Korporatsioon_Amicitia, lk 5
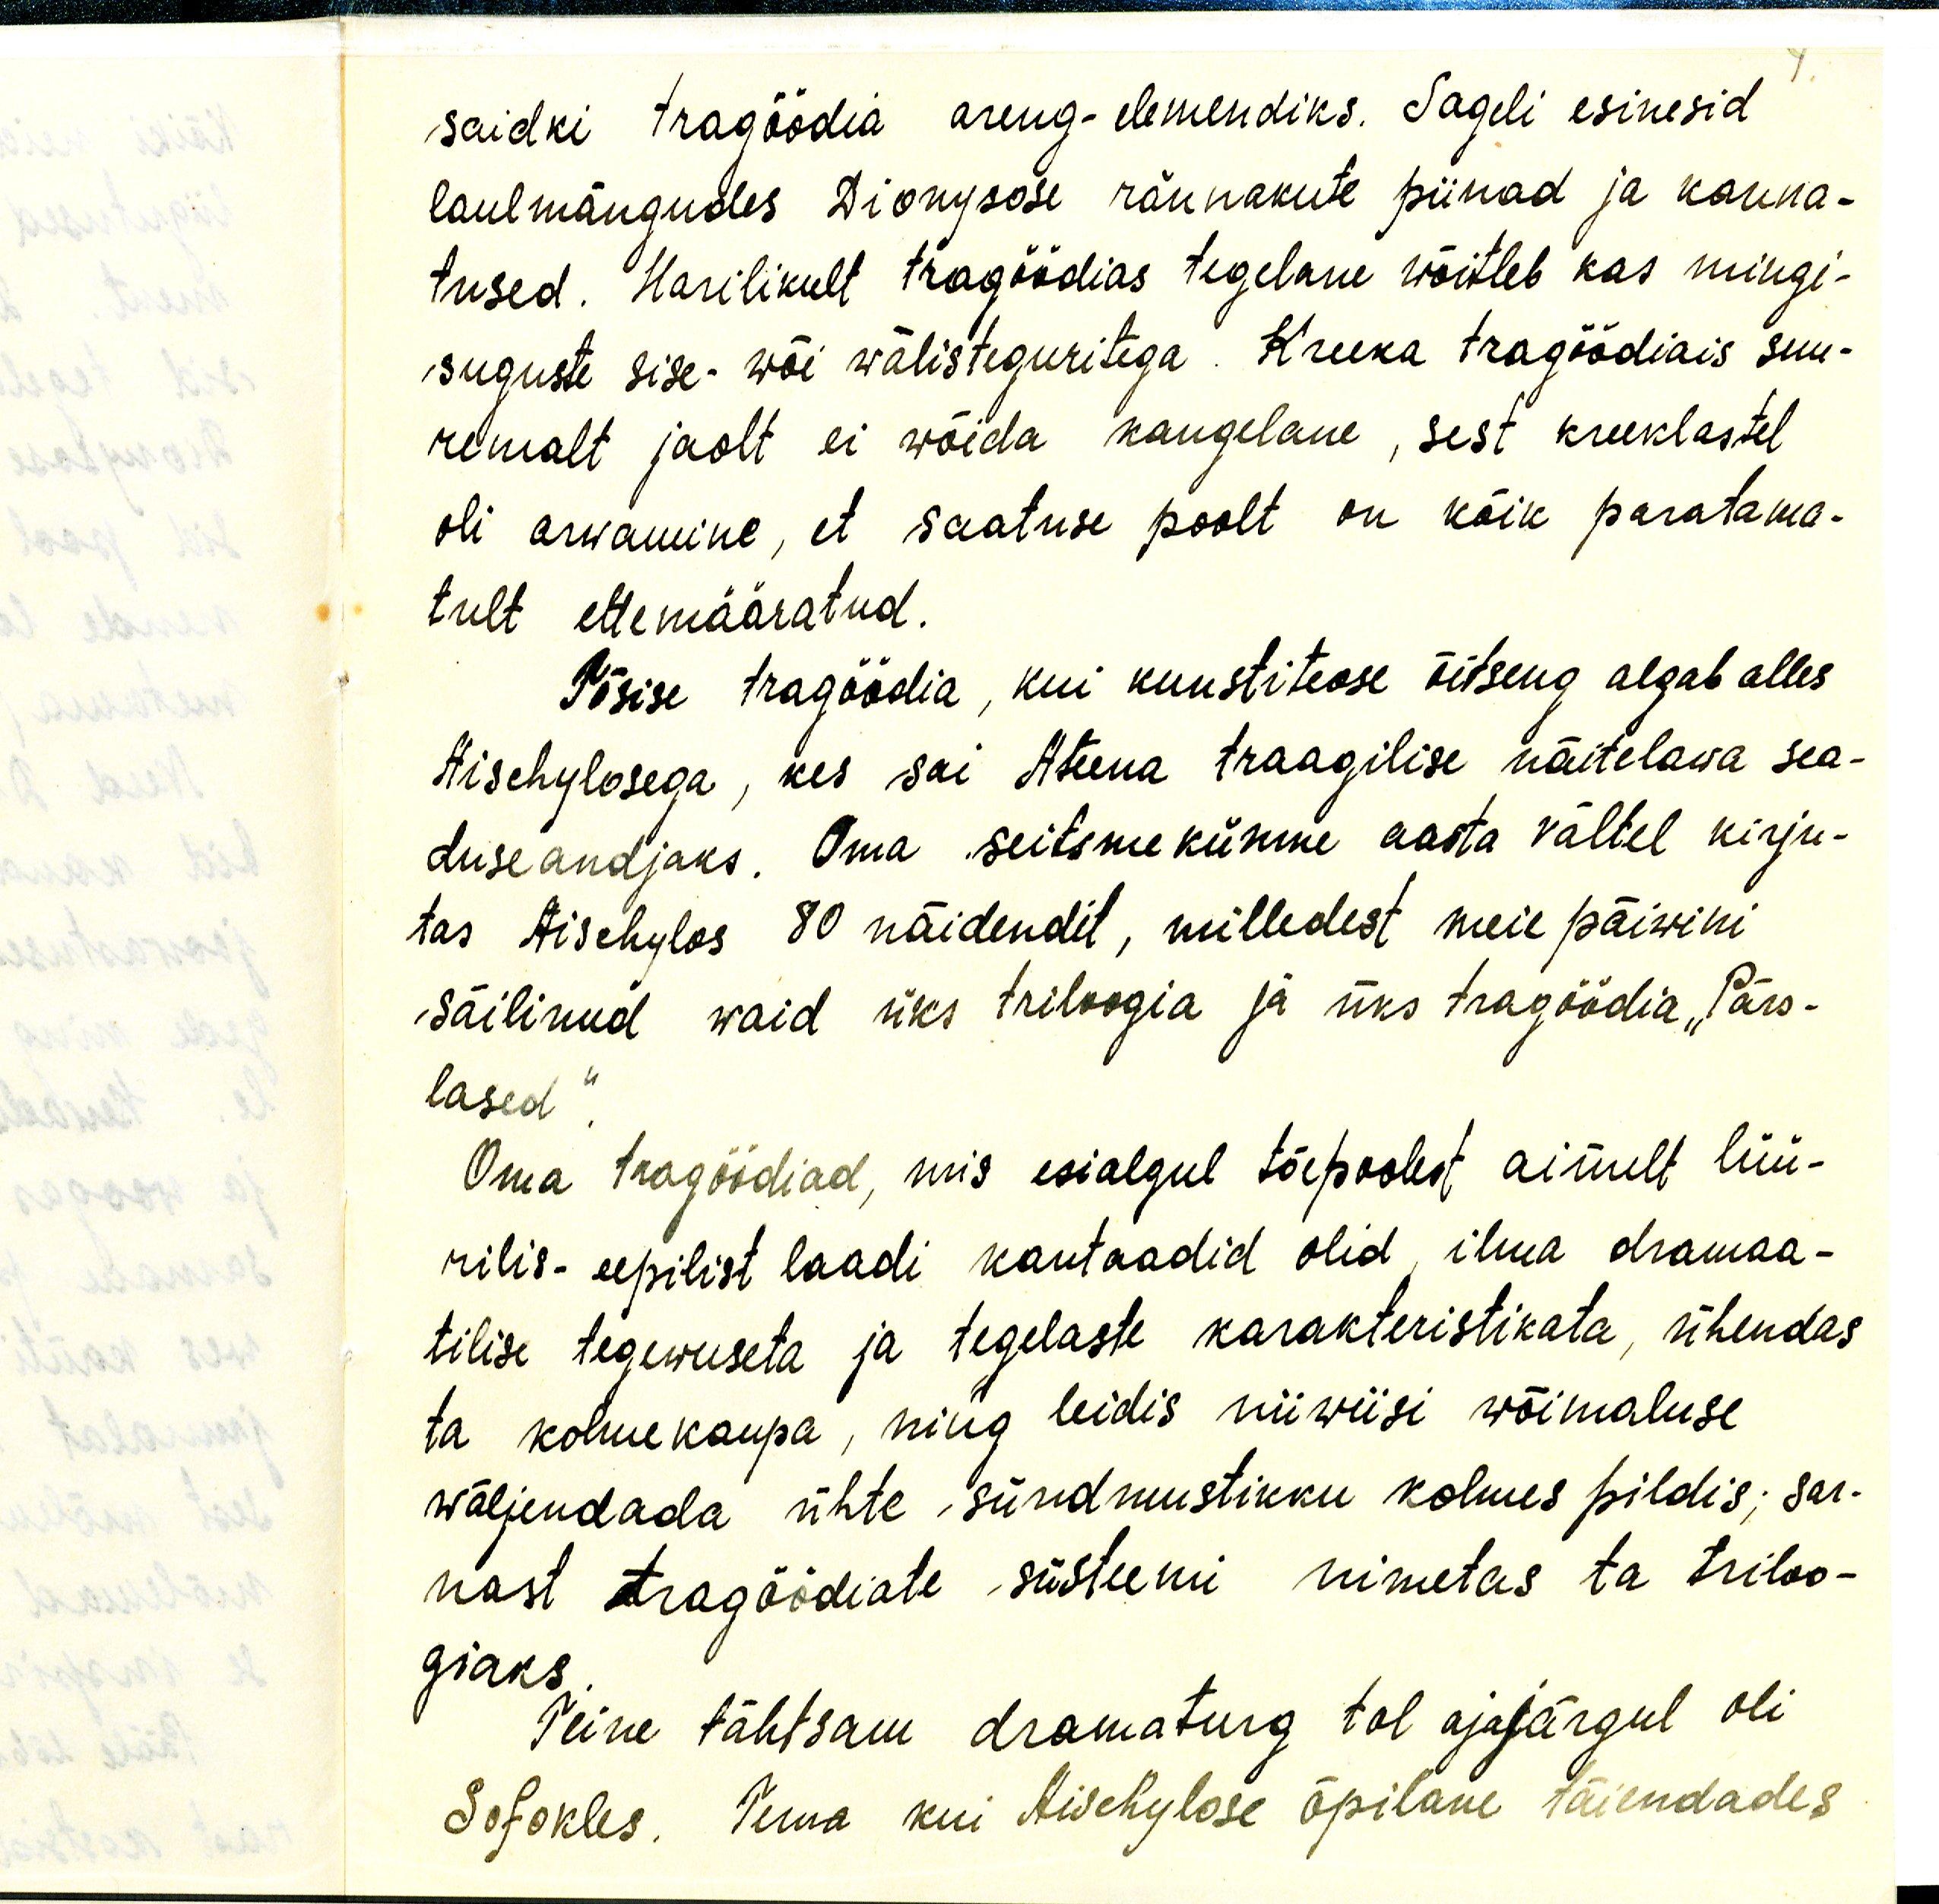
7.
saidki tragöödia areng-elemendiks. Sageli esinesid
laulmängudes Dionysose rännakute piinad ja kanna-
tused. Harilikult tragoodias tegelane wõitleb kas mingi-
suguste sise- wõi wälisteguritega. Kreeka tragöödiais suu-
remalt jaolt ei wõida kangelane, sest kreeklastel
oli arvamine, et saatuse poolt on kõik paratama-
tult ettemääratud.
Tõsise tragöödia, kui kunstiteose õitseng algab alles
Aischylosega, kes sai Ateena traagilise näitelawa sea-
duseandjaks. Oma seitsmekümne aasta vältel kirju-
tas Aischylos 80 näidendit, milledest meie päiwini
säilinud waid üks triloogia ja üks tragöödia „Pärs-
lased".
Oma tragöödiad, mis esialgul tõepoolest ainult lüü-
rilis-eepilist laadi kantaadid olid, ilma dramaa-
tilise tegewuseta ja tegelaste karakteristikata, ühendas
ta kolmekaupa, ning leidis niiwiisi wõimaluse
wäljendada ühte sündmustikku kolmes pildis; sar-
nast tragöödiate süsteemi nimetas ta triloo-
giaks.
Teine tähtsam diamaturg tol ajajärgul oli
Sofokles. Tema kui Aischylose õpilane täiendades